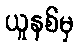
ယူနစ်မှ